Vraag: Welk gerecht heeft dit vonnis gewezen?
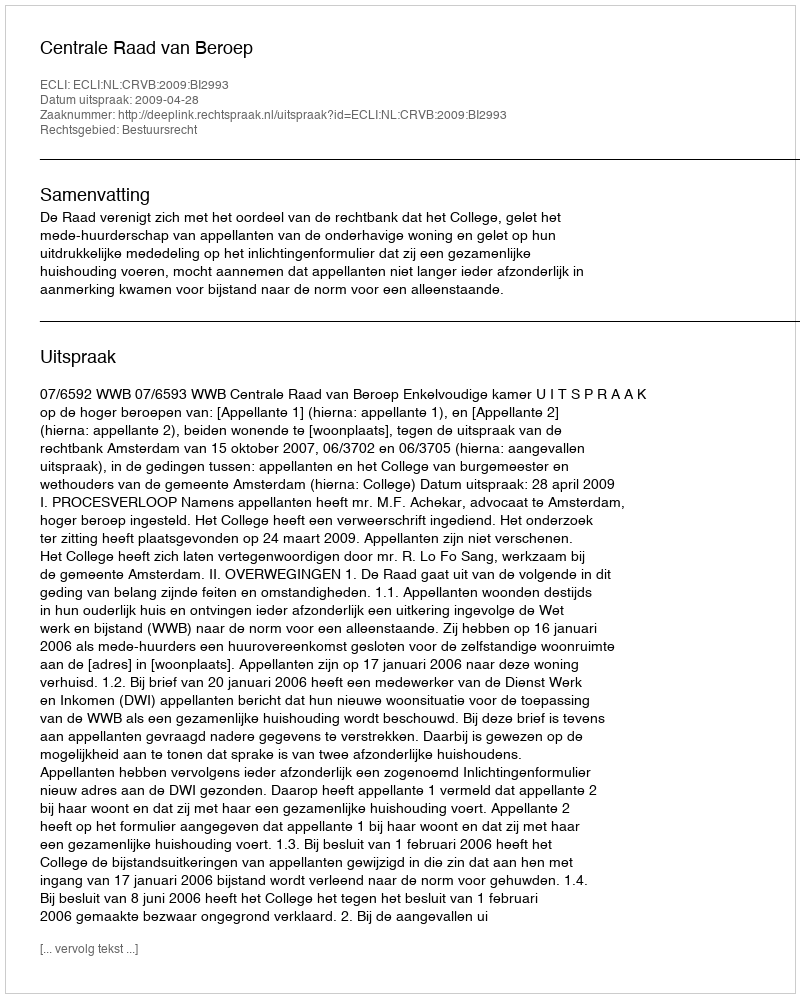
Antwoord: Centrale Raad van Beroep